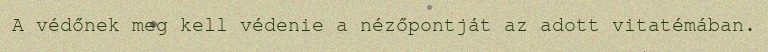
A védőnek meg kell védenie a nézőpontját az adott vitatémában.